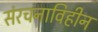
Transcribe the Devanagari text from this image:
संरचनाविहीन